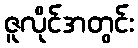
ဇူလိုင်အတွင်း